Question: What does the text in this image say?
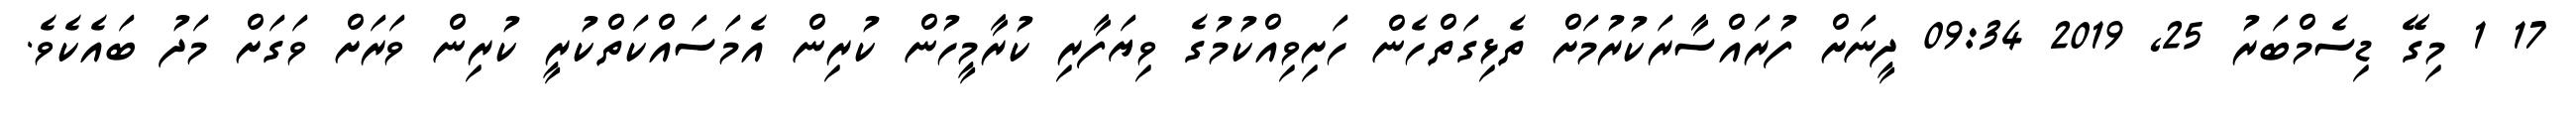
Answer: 17 1 މިގޭ ޑިސެމްބަރު 25, 2019 09:34 ދީނަށް ފުރައްސާރަކުރުމަށް ތެޅިގަތްހެން ހަށިވިއްކުމުގެ ވިޔަފާރި ކުރާމީހުން ކުރިން އެމަސައްކަތްކުރީ ކުރިން ވަރަށް ވަގަށް މަދު ބައެކެވެ.